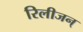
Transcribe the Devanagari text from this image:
रिलीजन्